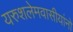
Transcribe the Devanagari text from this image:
यरुशलेमवासीयांनो